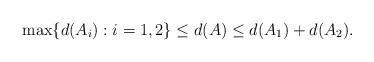
LaTeX: \begin{align*}\max\{d(A_i): i=1,2\}\leq d(A)\leq d(A_1)+d(A_2).\end{align*}